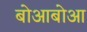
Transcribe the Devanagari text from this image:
बोआबोआ